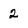
Character: 2